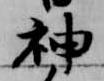
神